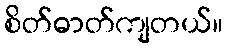
စိတ်ဓာတ်ကျတယ်။